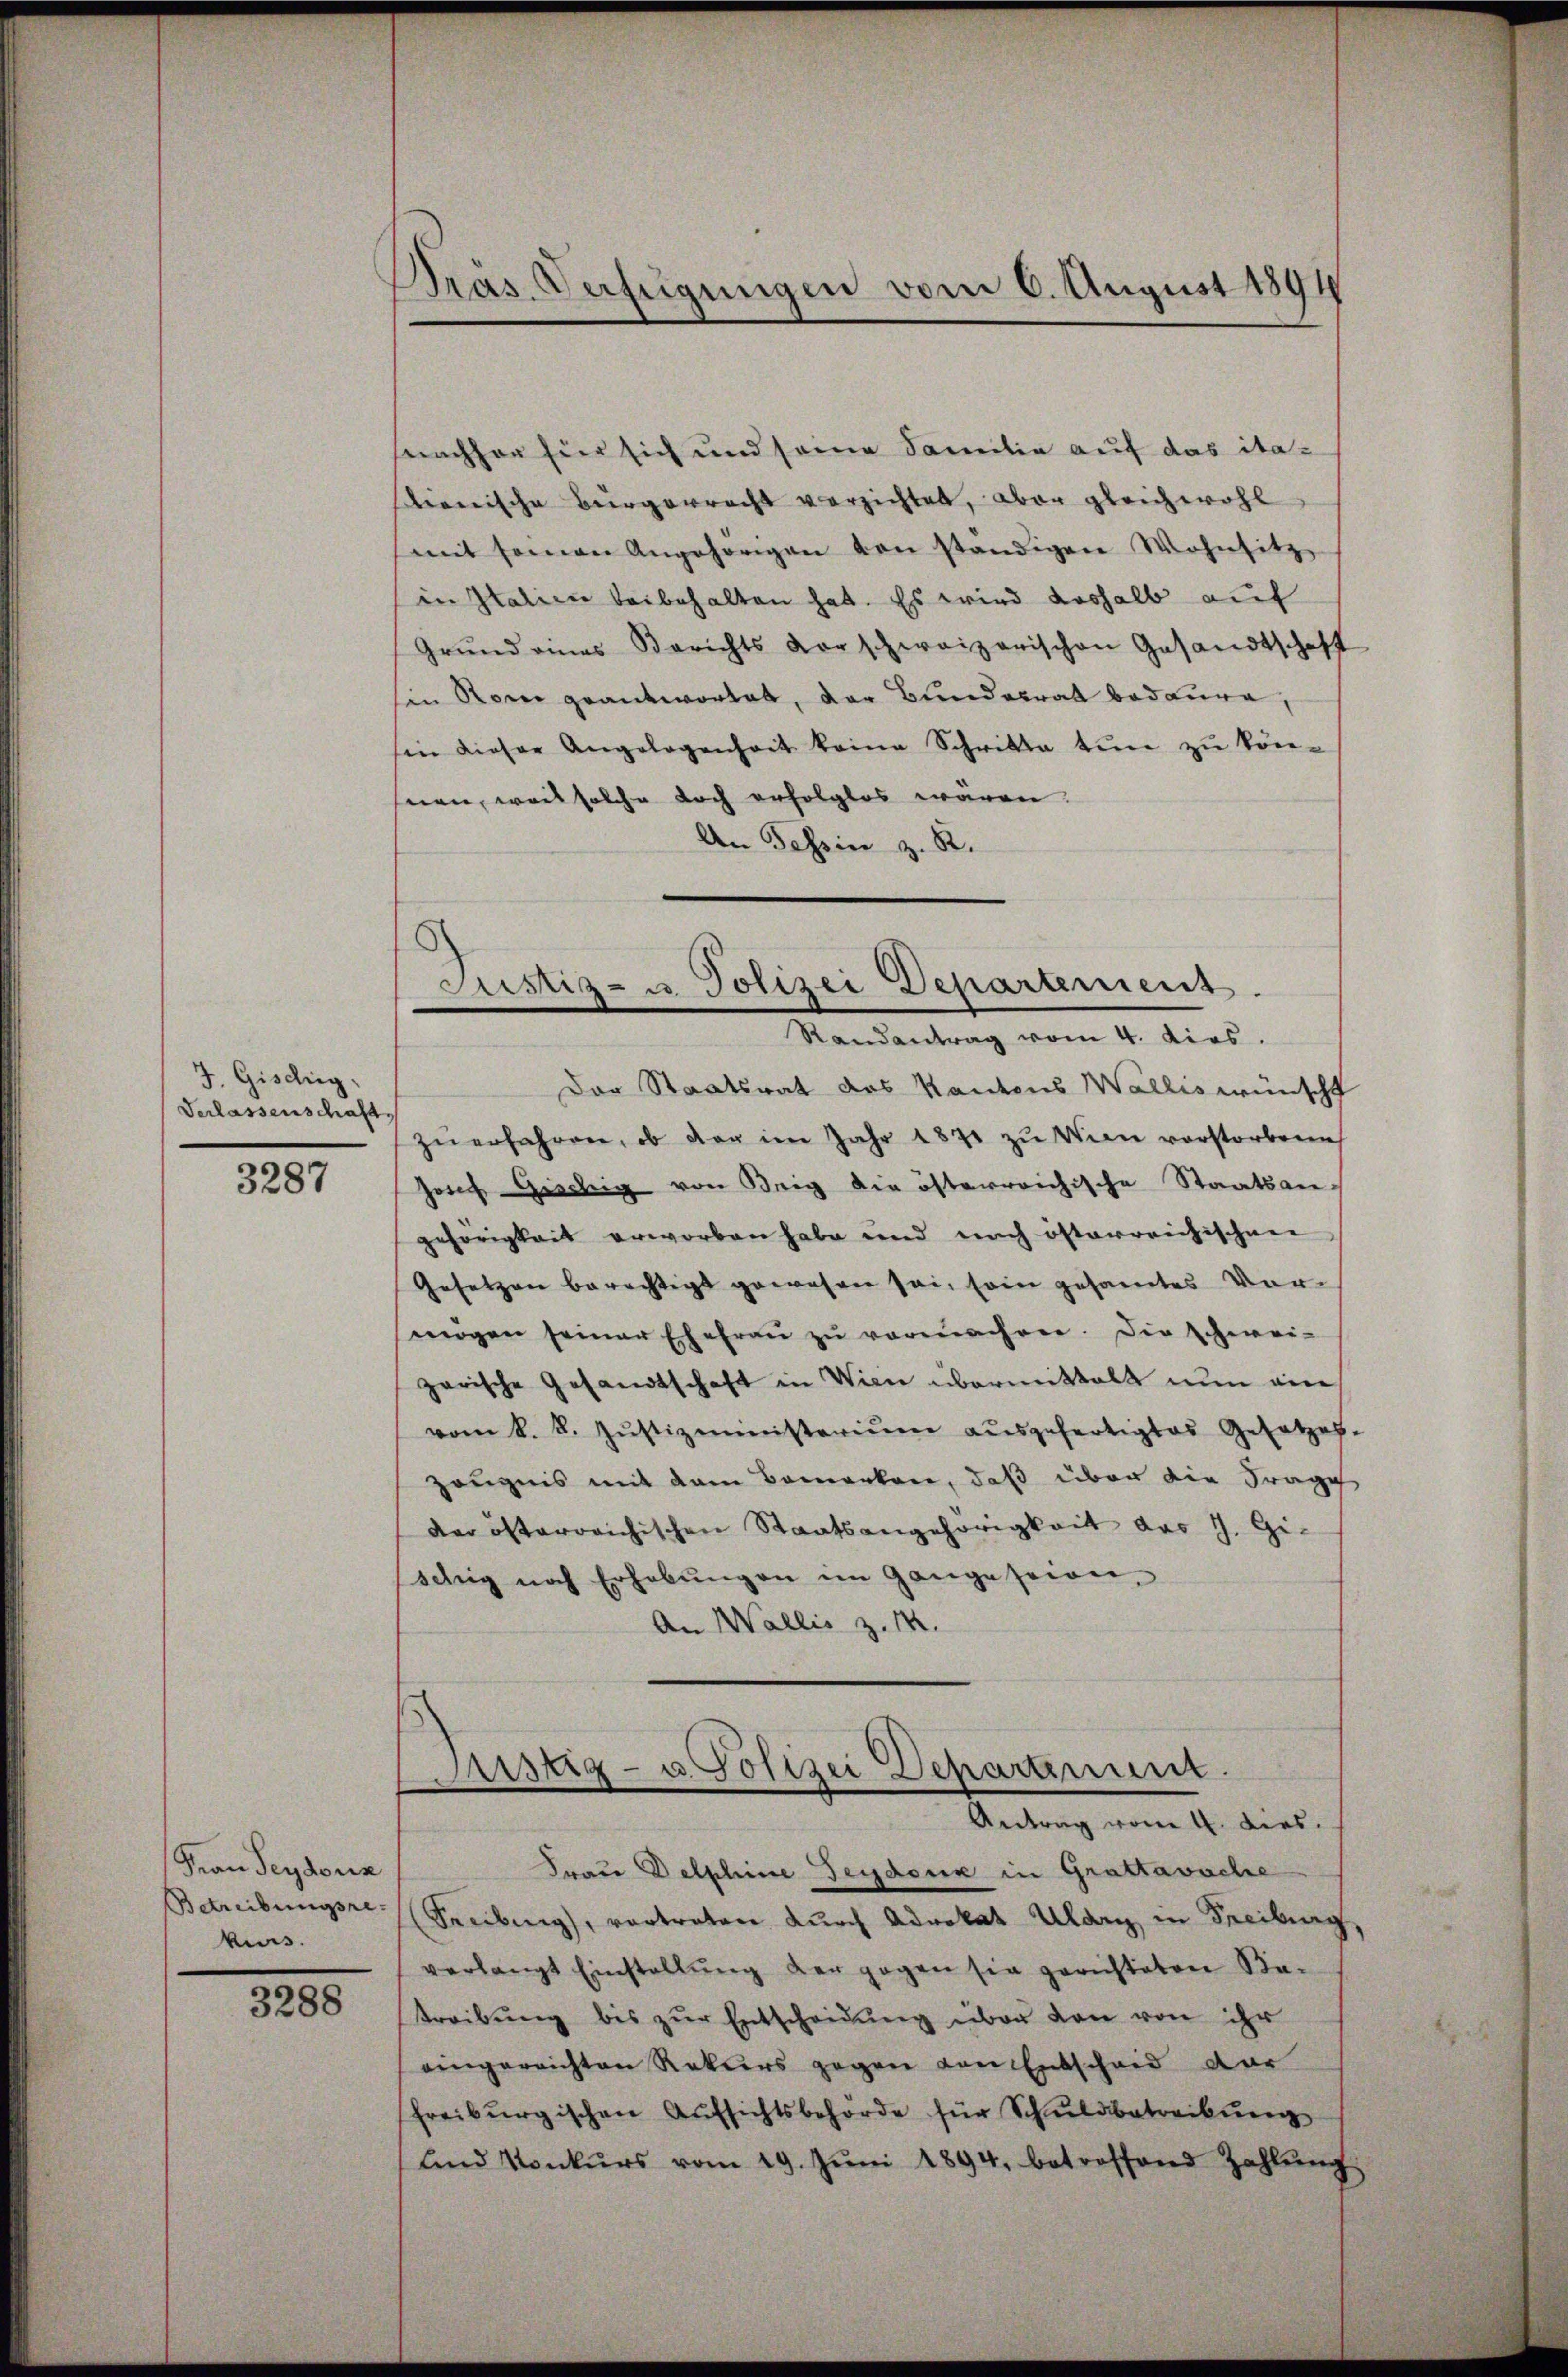
J. Gischig,
Verlassenschaft

3287

Frau Seydenz
Betreibungsrevis.

3288

Pras. Anfügungen vom 6. August 1894

nachher für sich und seine Familie auf das ita-
hanische Bürgerracht verzichtet, aber gleichwohl
mit seien Angehörigen von ständigen Wohnsitz
in Italien beibehalten hat. Es wird deshalb auf
Grŭnd aines Berichts Vorschweizerischen Gesandtschaft
hin Rom geantwortet, der Bundesrat bedaure,
hin dieser Angelegenheit keine Schritte tun zu kön-
nen, weil solche doch erfolglos wären.
An Tessin z. R.
Der Staatsrat des Kantons Wallis wünscht
zŭ erfahren, ob der im Jahr 1891 zu Wien vorstorben
Josef Giebig von Beig die österreichische Staatsangehörigkeit erworben habe und nach österreichischen
Gesetzen berechtigt gewesen sei, sein gesamtes Vormögen seiner Ehefraŭ zŭ verwahren. Die schwei-
zarische Gesandtschaft in Wien übermittelt nun ein
vom 8. 8. Jŭstizministerium aŭsgefertigtes Gesetzes-
Zeugnis mit dem Bemerken, daß über die Frage
der österreichischen Staatsangehörigkeit das J. Gischig noch Erhebŭngen im Gange seien
An Wallis z. 18.

Justiz- u Polizei Departement.
Randantrag vom 4. dies.

Sistig- u. Polizei Departement.
Antrag vom 4. dies.

Frau Delphine Feydone in Grattawache
Freiburg, vertreten durch Advokat Uldry in Treiburg,
verlangt Einstallŭng der gegen sie gerichteten Ba-
treibŭng bis zŭr Entscheidŭng über den von ihr
eingereichten Rekurs gegen von Entscheid dar
freiburgischen Aŭfsichtsbehörde für Schŭldbetreibŭng
ŭnd Konkŭrs vom 19. Jŭni 1894. betreffend Zahlŭng,